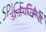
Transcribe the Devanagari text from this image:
अजयसिंगजी